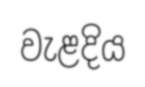
වැළදිය